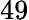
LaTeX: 49